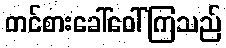
တင်စားခေါ်ဝေါ်ကြသည်